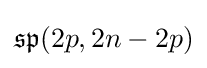
{\mathfrak {sp}}(2p,2n-2p)